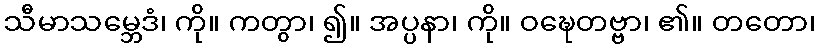
သီမာသမ္ဘေဒံ၊ ကို။ ကတွာ၊ ၍။ အပ္ပနာ၊ ကို။ ဝဍ္ဎေတဗ္ဗာ၊ ၏။ တတော၊